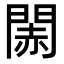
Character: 䦝